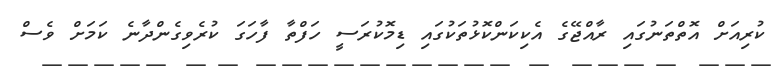
ކުރިއަށް އޮތްތަނުގައި ރާއްޖޭގެ އެކިކަންކޮޅުތަކުގައި ޑިމޮކުރަސީ ހަފްތާ ފާހަގަ ކުރެވިގެންދާނެ ކަމަށް ވެސް